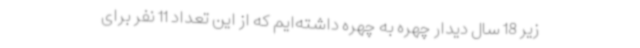
زیر 18 سال دیدار چهره به چهره داشته‌ایم که از این تعداد 11 نفر برای